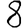
Digit: 8